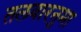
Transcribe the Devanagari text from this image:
तलवारनुमा